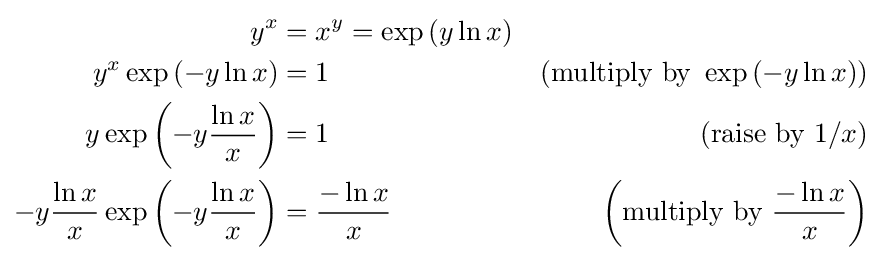
{\begin{aligned}y^{x}&=x^{y}=\exp \left(y\ln x\right)&\\y^{x}\exp \left(-y\ln x\right)&=1&\left({\mbox{multiply by }}\exp \left(-y\ln x\right)\right)\\y\exp \left(-y{\frac {\ln x}{x}}\right)&=1&\left({\mbox{raise by }}1/x\right)\\-y{\frac {\ln x}{x}}\exp \left(-y{\frac {\ln x}{x}}\right)&={\frac {-\ln x}{x}}&\left({\mbox{multiply by }}{\frac {-\ln x}{x}}\right)\end{aligned}}